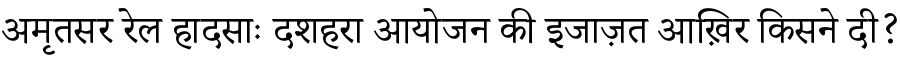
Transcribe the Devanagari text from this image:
अमृतसर रेल हादसाः दशहरा आयोजन की इजाज़त आख़िर किसने दी?